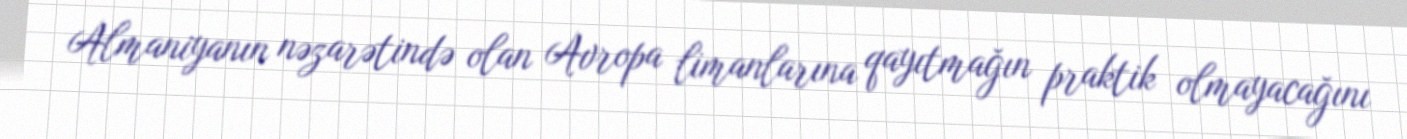
Almaniyanın nəzarətində olan Avropa limanlarına qayıtmağın praktik olmayacağını